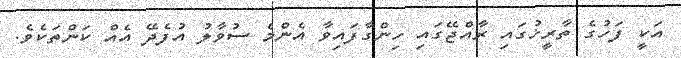
އަކީ ފަހުގެ ތާރީޚުގައި ރާއްޖޭގައި ހިންގާފައިވާ އެންމެ ސުވާލު އުފެދޭ އެއް ކަންތަކެވެ.